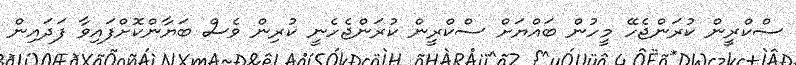
ސްކްރީން ކުރަންޖެހޭ މީހުން ބައްޔަށް ސްކްރީން ކުރަންޖެހެނީ ކުރިން ވެސް ބަޔާންކޮށްފައިވާ ފަދައިން